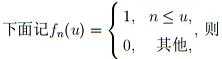
下面记$f_n(u)= \begin{cases} 1, & n \leq u, \\ 0, & \text{其他,} \end{cases}$ 则